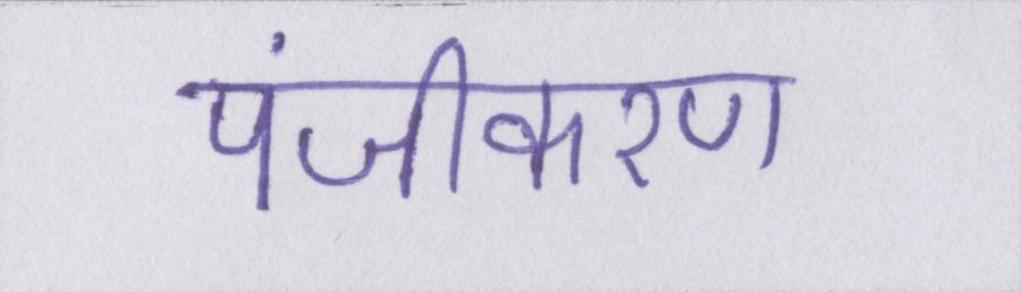
पंजीकरण